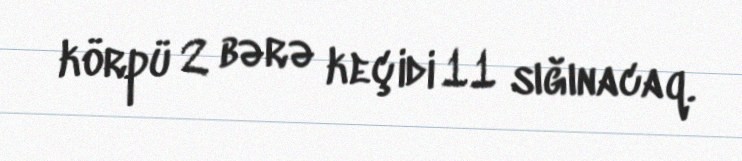
körpü 2 bərə keçidi 11 sığınacaq.